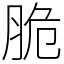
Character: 脆